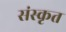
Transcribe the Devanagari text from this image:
संस्कृत